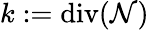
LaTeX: k:=\mathrm{div}(\mathcal{N})